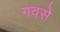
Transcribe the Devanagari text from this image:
गवसे